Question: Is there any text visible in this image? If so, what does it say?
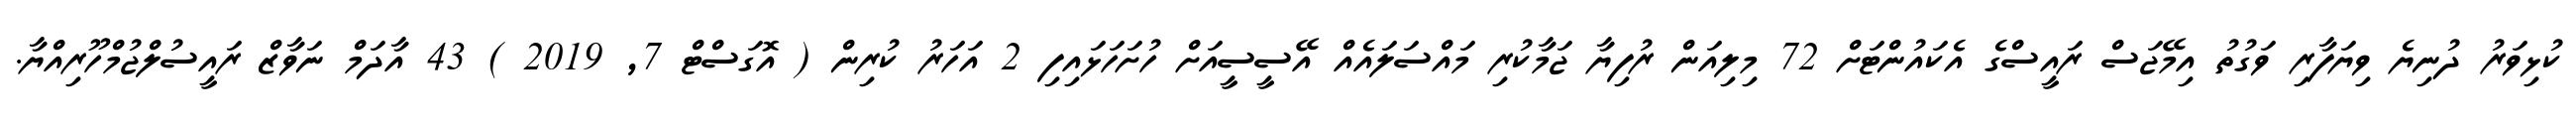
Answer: ކުޅިވަރު ދުނިޔެ ވިޔަފާރި ވަގުތު އިމޭޖަސް ރައީސްގެ އެކައުންޓަށް 72 މިލިއަން ރުފިޔާ ޖަމާކުރި މައްސަލައެއް އޭސީސީއަށް ހުށަހަޅައިފި 2 އަހަރު ކުރިން ( އޮގަސްޓް 7, 2019 ) 43 އާދަމް ނަވާޒް ރައީސުލްޖުމްހޫރިއްޔާ.